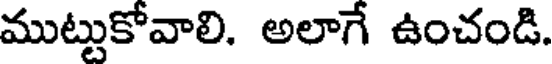
ముట్టుకోవాలి. అలాగే ఉంచండి.